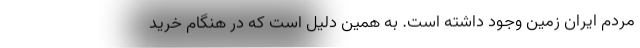
مردم ایران زمین وجود داشته است. به همین دلیل است که در هنگام خرید